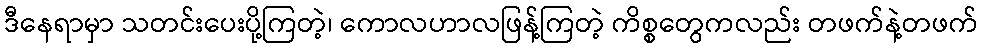
ဒီနေရာမှာ သတင်းပေးပို့ကြတဲ့၊ ကောလဟာလဖြန့်ကြတဲ့ ကိစ္စတွေကလည်း တဖက်နဲ့တဖက်